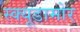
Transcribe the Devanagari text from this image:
स्क्यूडामोर